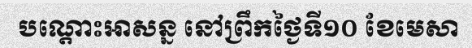
បណ្តោះអាសន្ន នៅព្រឹកថ្ងៃទី១០ ខែមេសា